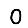
Digit: 0